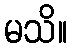
မသိ။